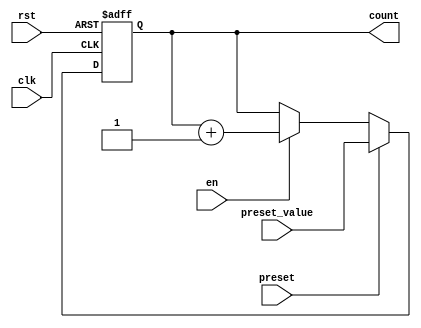
module presettable_counter #(
    parameter WIDTH = 8  // Define the bit-width of the counter
) (
    input wire clk,                // Clock signal
    input wire rst,                // Asynchronous reset
    input wire preset,             // Preset control signal
    input wire [WIDTH-1:0] preset_value, // Preset value input
    input wire en,                 // Enable signal
    output reg [WIDTH-1:0] count   // Current counter value
);

    // Asynchronous reset and preset logic
    always @(posedge clk or posedge rst) begin
        if (rst) begin
            count <= 0; // Reset the counter to 0
        end else if (preset) begin
            count <= preset_value; // Load the preset value into the counter
        end else if (en) begin
            count <= count + 1; // Increment the counter
        end
    end

endmodule